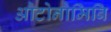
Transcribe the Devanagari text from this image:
औटोनौमिबि